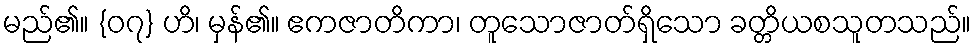
မည်၏။ {၀၇} ဟိ၊ မှန်၏။ ဧကဇာတိကာ၊ တူသောဇာတ်ရှိသော ခတ္တိယစသူတသည်။